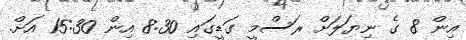
އިން 8 ގެ ނިޔަލަށް ރަސްމީ ގަޑީގައި 8:30 އިން 15:30 އަށް.